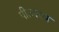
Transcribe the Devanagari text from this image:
पीतवस्त्र